Tartu_Kolgata_baptistikogudus, lk 9
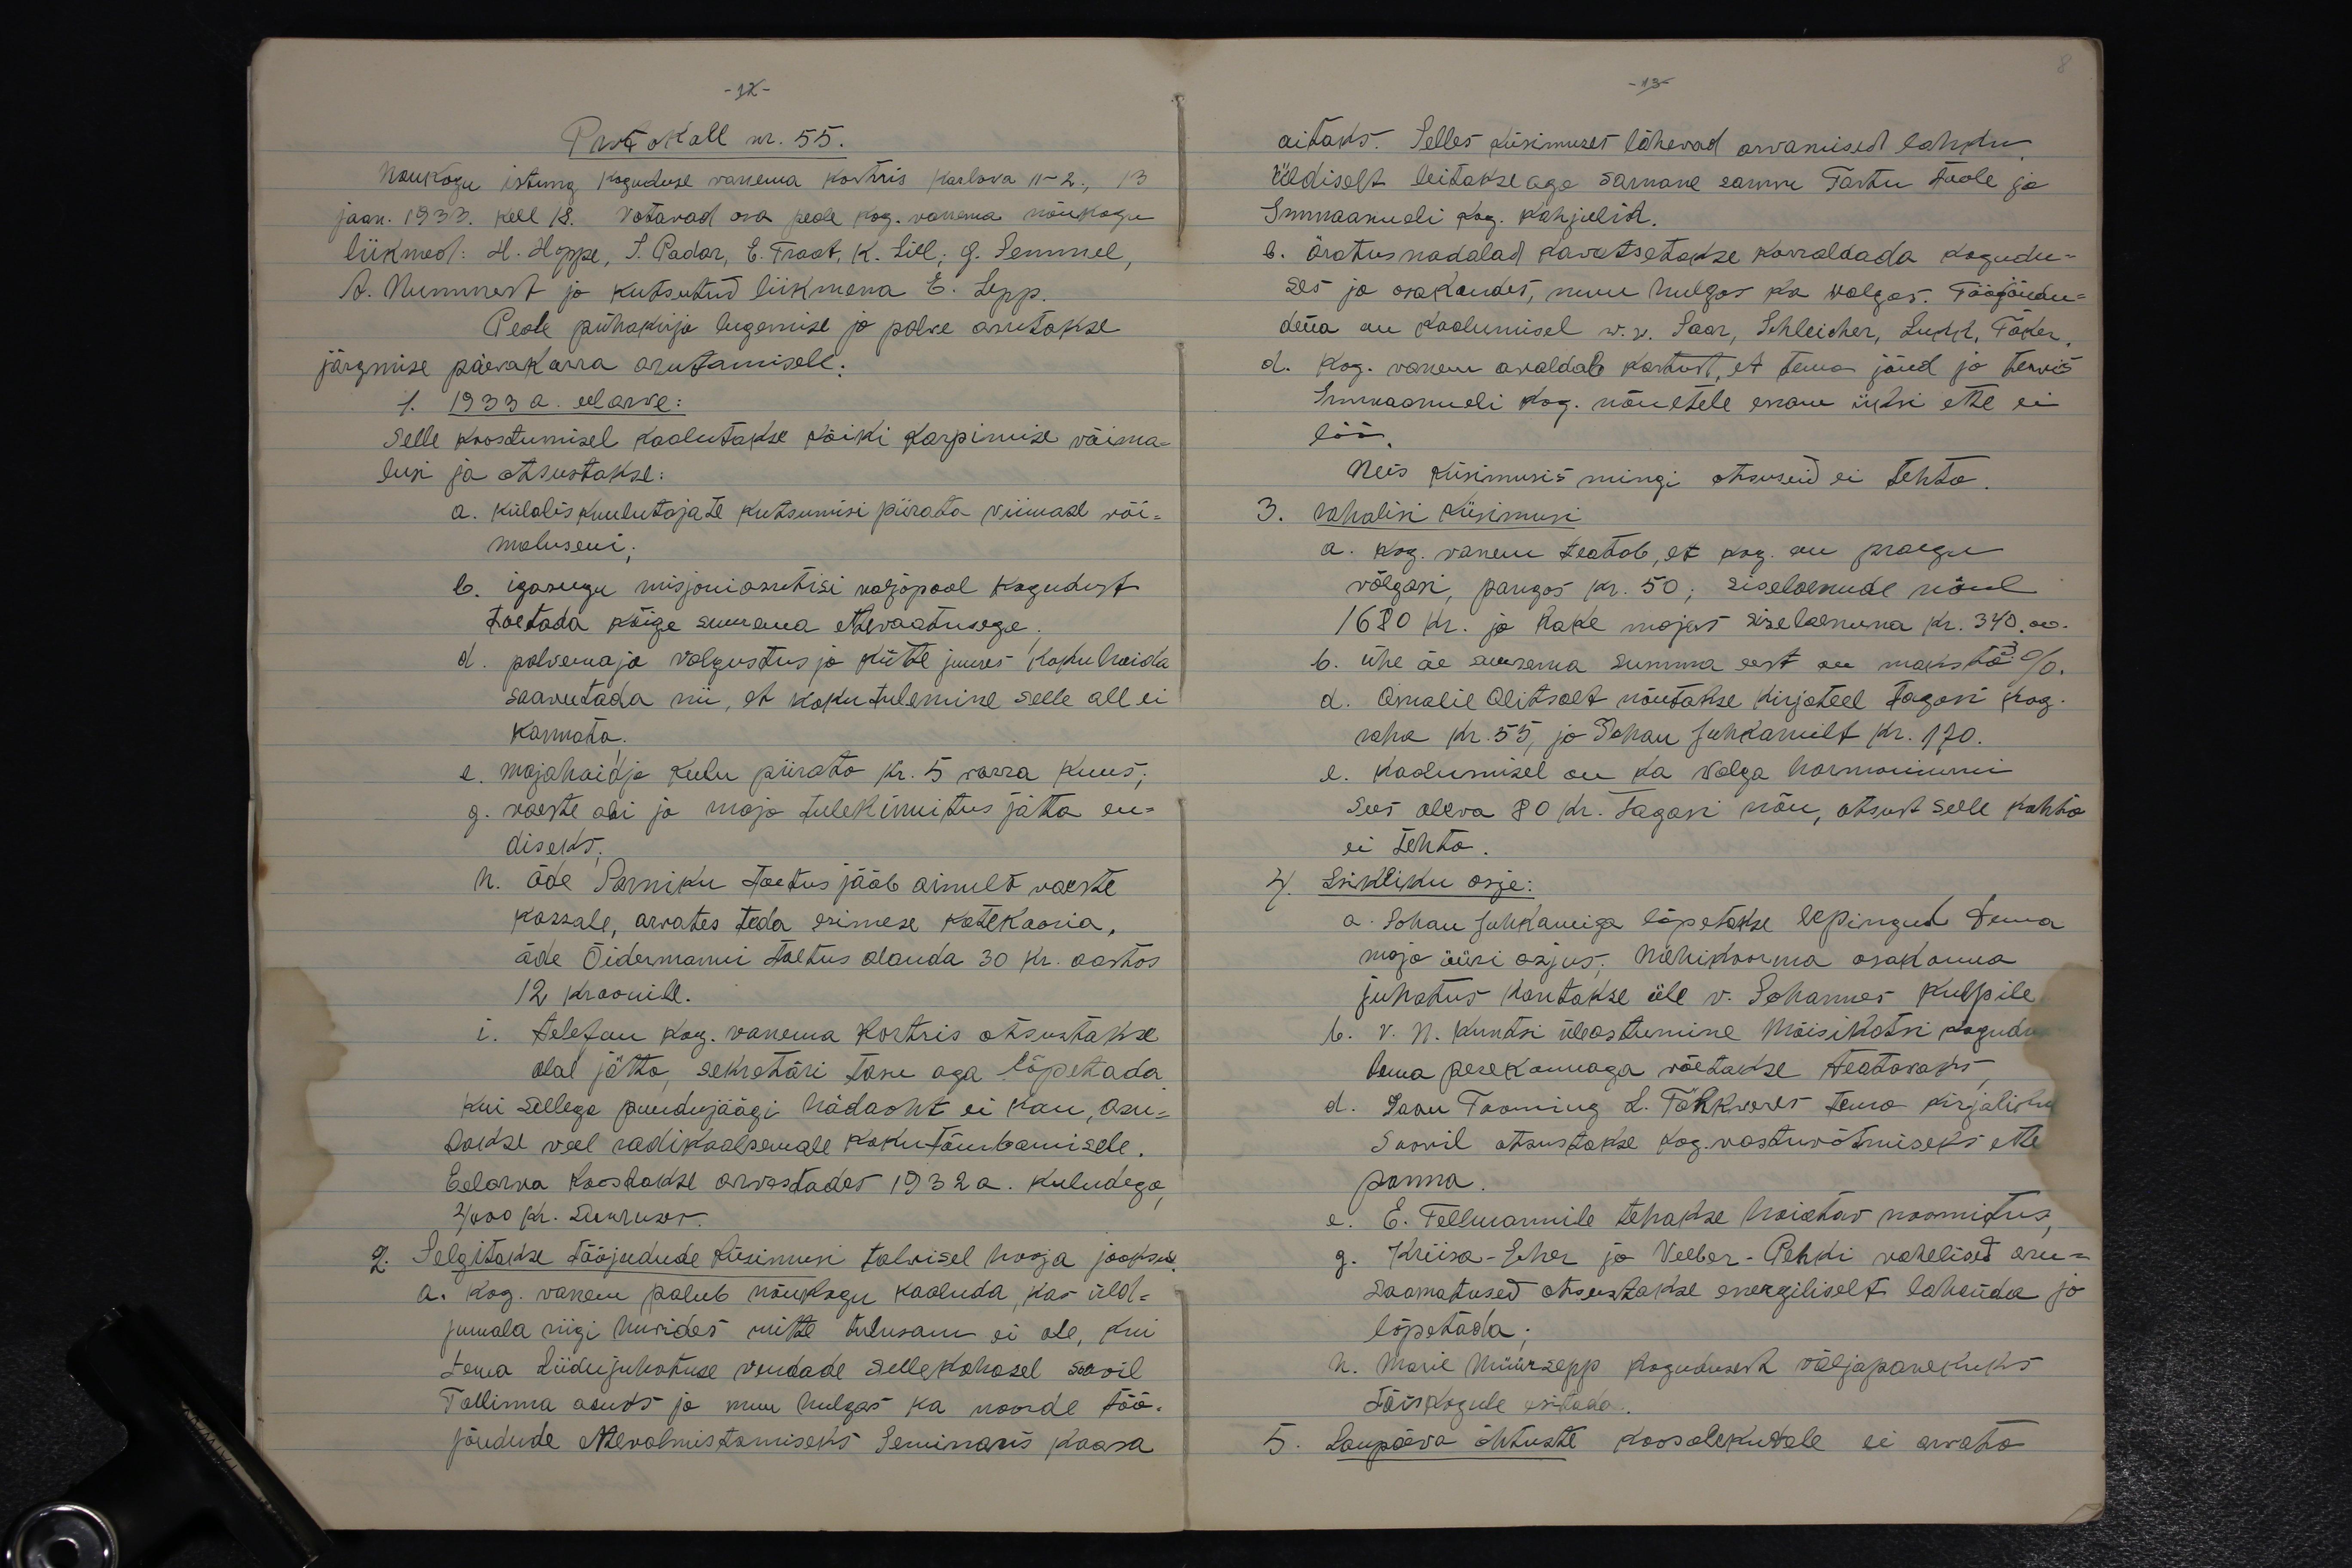
8
- 13 -

-12-
Protokoll nr. 55.
Nõukogu istung koguduse vanema kortris Karlova 11-2, 13.
jaan. 1933. Kell 18. Votavad osa peale kog. vanema nõukogu
liikmed: H. Hoppe, S. Padar, E. Traat, K. Lill, G. Semmel,
A. Nummert ja kutsutud liikmena E. Lepp
Peale pühakirja lugemise ja palwe arutakse
järgmise päevakorra arutamisele.
1. 1933 a. eelarve:
Selle koostamisel kaalutakse kõiki karpimise võima-
lusi ja otsustakse:
a. külaliskuulutajate kutsumisi piirata viimase või-
maluseni.
b. igasugu misjoniasutisi valjapool kogudust
toetada kõige suurema ettevaatusega.
d. palvemaja valgustus ja kütte juures kokku hoida
saavutada nii, et kokutulemine selle all ei
kannata.
e. majahoidja kulu piirato kr. 5 vorra kuus;
g. vaeste abi ja maja tulekinnitus jätta en-
diseks.
n. õde Sarniku toetus jääb ainult vaeste
kassale, arvates teda esimese katekooria,
õde Õidermanni toetus alanda 30 kr. aastas
12 kroonile.
i. telefon kog. vanema kortris otsustakse
alal jätta sekretäri tasu aga lõpetada.
Kui Sellega puudujäägi hädaoht ei kau, asu-
takse veel radikaalsemale kokutõmbamisele.
Eelarva koostakse arvestades 1932a. kuludega
4000 kr. suurusek.
2. Selgitakse tööjudude küsimusi talwisel hooja jooksul
a. Kog. vanem palub nõukogu kaaluda, kas üld-
jumala riigi hüvides mitte tulusam ei ole, kui
Tema Liidujuhatuse vendade sellekohasel soovil
Tallinna asuks ja muu hulgas ka noorde töö-
jõudude ettevalmistamiseks Seminaris kaasa

aitaks. Selles küsimuses lähevad arvamised lahku
Üldiselt leitakse aga sarnane samm Tartu jaole ja
Immaanueli kog. kahjulik.
b. äratus nadalad kavatsetakse korraldada kogudu-
ses ja osakondes, muu hulgas ka Walgas. Tööjõudu-
dena on kaalumisel w.w. Saar, Schleicher, Lukk, Toker,
d. Kog. vanem awaldab kartust, et tema jõud ja tervis
Immaanueli kog. nõuetele enam üksi ette ei
löö.
Neis küsimusis mingi otsuseid ei tehta.
3. rahalisi küsimusi
a. kog. vanem teatab, et kog. on praegu
võlgasi, pangas kr. 50; siselaenude näul
1680 kr. ja Rake majas siselaenuna kr. 340.00
b. ühe õe suurema summa eest see maksta %
d. Amalie Alitsalt nõutakse kirjateel tagasi kog.
raha Kr. 55, ja Johan Juhkamilt kr. 170.
e. Kaalumisel on ka Valga harmoniumi
Sees oleva 80 Kr. tagasi nõu, otsust selle kohta
ei tehta
4. Isikliku asje:
a. Johan Juhkamiga lõpetakse lepingud tema
maja üüri asjus. Mehikoorma osakonna
juhatus kantakse üle v. Johannes Kulpile
b. V. N. Kuntsi üleastumine Mõisikatsi kogudu
tema perekonnaga võetakse teatavaks
d. Jaan Tooming L. Tähkveres tema kirjaliku
Soovil otsustakse Kog. vastuvõtmiseks ette
panna.
e. E. Fellmannile tehakse hoiatav noomitus,
g. Kriisa-Echer ja Veeber-Pehki vahelised aru-
saamatused otsustakse energiliselt lahenda ja
lõpetada;
h. Marie Müürsepp kogudusest väljapanekuks
täiskogule esitada
5. Laupäeva õhtuste koosolekutele ei arvata